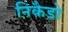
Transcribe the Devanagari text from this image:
निकैडो